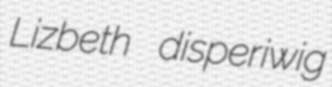
Lizbeth disperiwig